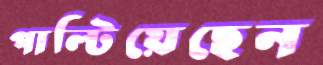
পাল্টিয়েছেন